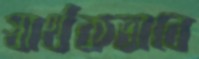
স্বার্থকভাবে